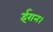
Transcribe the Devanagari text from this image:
ईरान।